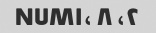
۲، NUM۱، ۸